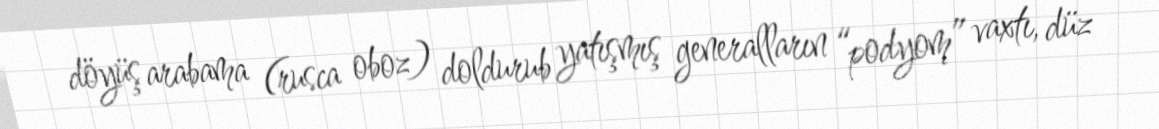
döyüş arabama (rusca oboz) doldurub yatışmış generalların “podyom” vaxtı, düz